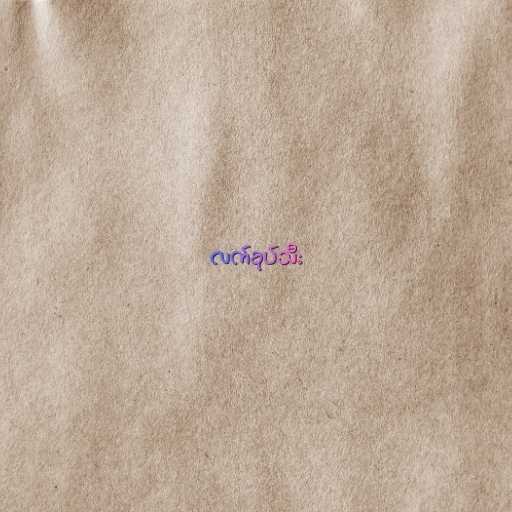
လက်ခုပ်သီး